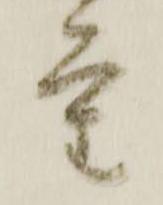
重